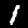
Label: 1